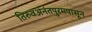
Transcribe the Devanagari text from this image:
तिरुवअंनंतपुरमपासून